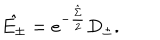
LaTeX: \hat { E _ { \pm } } = e ^ { - \frac { \hat { \Sigma } } { 2 } } D _ { \pm } .